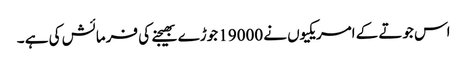
اس جوتے کے امریکیوں نے 19000 جوڑے بھیجنے کی فرمائش کی ہے ۔